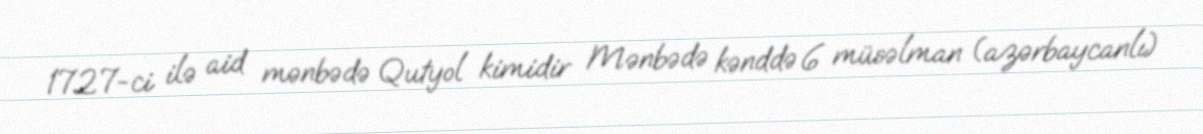
1727-ci ilə aid mənbədə Qutyol kimidir Mənbədə kənddə 6 müsəlman (azərbaycanlı)